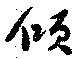
傾